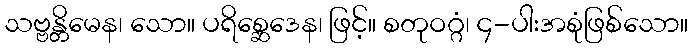
သဗ္ဗန္တိမေန၊ သော။ ပရိစ္ဆေဒေန၊ ဖြင့်။ စတုဝဂ္ဂံ၊ ၄-ပါးအစုံဖြစ်သော။